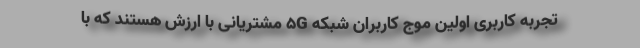
تجربه کاربری اولین موج کاربران شبکه 5G مشتریانی با ارزش هستند که با